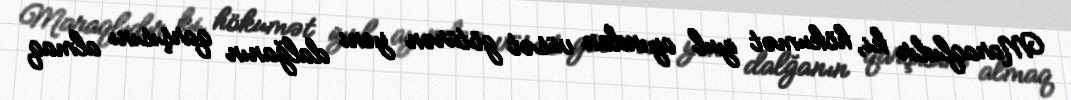
Maraqlıdır ki, hökumət iyul ayından vüsət götürən yeni dalğanın qarşısını almaq